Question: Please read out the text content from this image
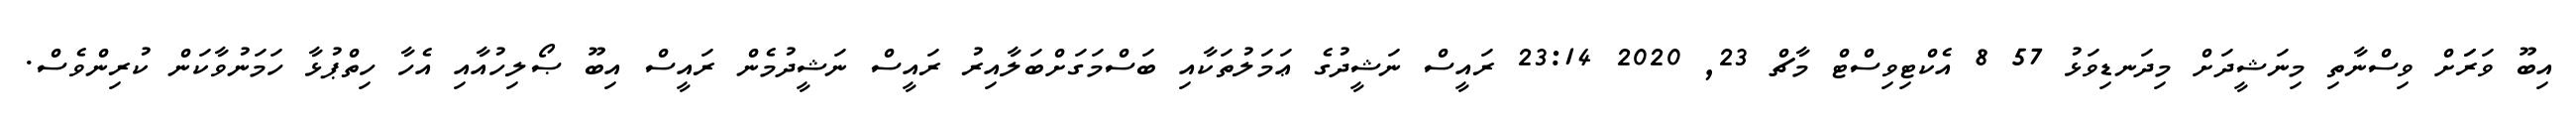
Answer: އިބޫ ވަރަަށް ވިސްނާތި މިނަޝީދަށް މިދަނޑިވަޅު 57 8 އެކްޓިވިސްޓް މާޗް 23, 2020 23:14 ރައީސް ނަޝީދުގެ ޢަމަލުތަކާއި ބަސްމަގަށްބަލާއިރު ރައީސް ނަޝީދުމެން ރައީސް އިބޫ ޞޯލިހުއާއި އެހާ ހިތްޕުޅާ ހަމަނުވާކަން ކުރިންވެސް.